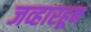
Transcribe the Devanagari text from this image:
जव्हारहून